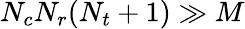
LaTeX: N_{c}N_{r}(N_{t}+1)\gg M